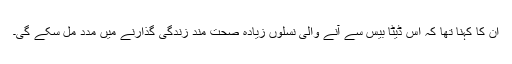
ان کا کہنا تھا کہ اس ڈیٹا بیس سے آنے والی نسلوں زیادہ صحت مند زندگی گذارنے میں مدد مل سکے گی۔